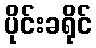
ပိုင်းခရိုင်